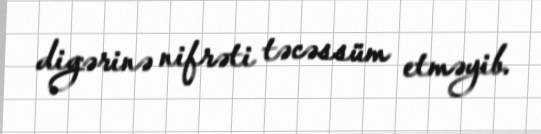
digərinə nifrəti təcəssüm etməyib.